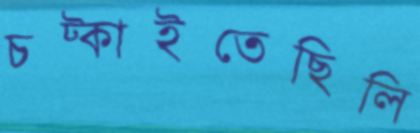
চট্‌কাইতেছিলি